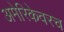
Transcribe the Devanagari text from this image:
अमेरिकेवरच